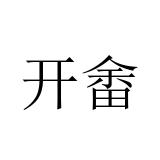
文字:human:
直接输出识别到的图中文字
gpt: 开畬